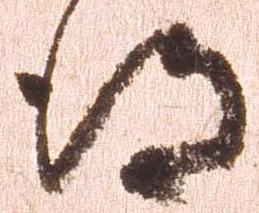
得